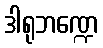
ဒါရုဘဏ္ဍေ